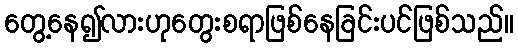
တွေ့နေ၍လားဟုတွေးစရာဖြစ်နေခြင်းပင်ဖြစ်သည်။